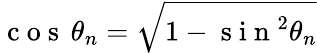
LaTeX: \mathrm{~c~o~s~}\, \theta_{n}=\sqrt{1-\mathrm{~s~i~n~}^{2}\theta_{n}}